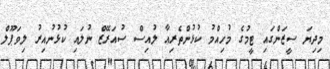
މިދިޔަ ސީޒަންގައި ޓީމުގެ މުހިއްމު ކުޅުންތެރިއާ ލުއިސް ސުއަރޭޒް ނުލައި ކުޅުނުއިރު ލިވަޕޫލް